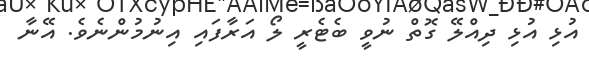
އުޅި އުޅި ދިއްލޭ ގޮތް ނުވީ ބެޓެރީ ލޯ އަރާފައި އިނުމުންނެވެ. އޭނާ